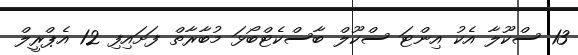
13 ސްކޫލާ އެކު އިންޓަ ސްކޫލް ބާސްކެޓްބޯޅަ މުބާރާތް ފަށައިފި 12 އެޕްރީލް